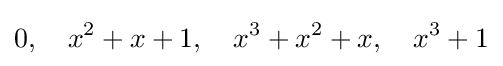
0,\quad x^{2}+x+1,\quad x^{3}+x^{2}+x,\quad x^{3}+1